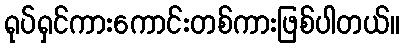
ရုပ်ရှင်ကားကောင်းတစ်ကားဖြစ်ပါတယ်။